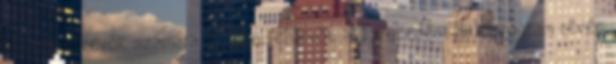
a hitelfelvevők számára. A hitelfelvevők a Növekedési Hitelprogram révén